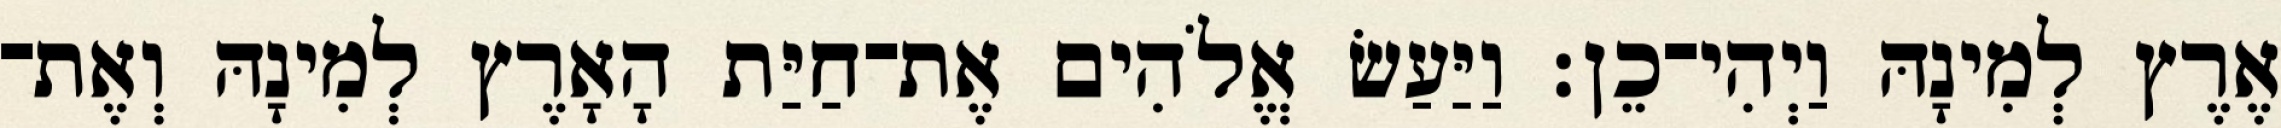
אֶרֶץ לְמִינָהּ וַיְהִי־כֵן׃ וַיַּעַשׂ אֱלֹהִים אֶת־חַיַּת הָאָרֶץ לְמִינָהּ וְאֶת־